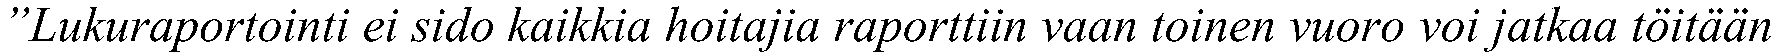
”Lukuraportointi ei sido kaikkia hoitajia raporttiin vaan toinen vuoro voi jatkaa töitään